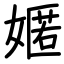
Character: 嫟